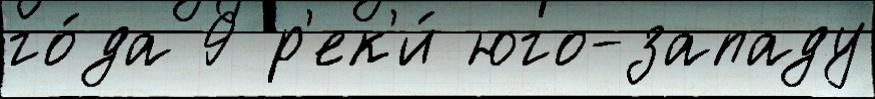
го́да 9 р'ек'и́ юго-западу